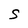
Character: S